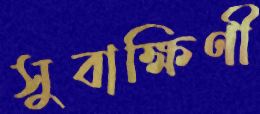
সুবাক্ষিণী